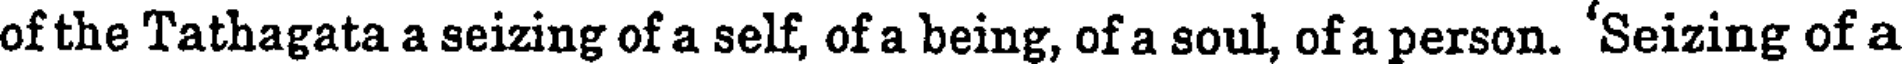
of the Tathagata a seizing of a self, of a being, of a soul, of a person. 'Seizing of a